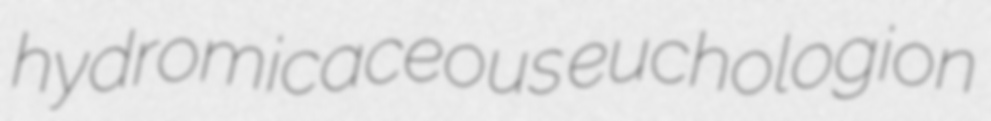
hydromicaceous euchologion